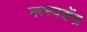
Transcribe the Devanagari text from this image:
मत्स्यकेंद्र